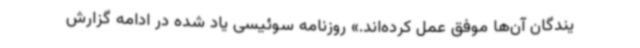
یندگان آن‌ها موفق عمل کرده‌اند.» روزنامه سوئیسی یاد شده در ادامه گزارش